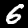
Digit: 6